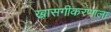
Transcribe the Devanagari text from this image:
खासगीकरणाला